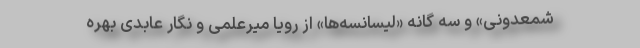
شمعدونی» و سه گانه «لیسانسه‌ها» از رویا میرعلمی و نگار عابدی بهره